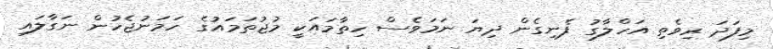
މިފަދަ ރިވެތި އަހްލާގު ފެނިގެން ދިޔަ ނަމަވެސް ހިތާމައަކީ މުޖުތަމައުގެ ހަމަނުޖެހުން ނަގާލައި